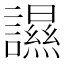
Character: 䜙